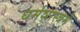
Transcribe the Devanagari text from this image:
धर्मशास्त्रमें